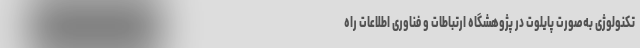
تکنولوژی به‌صورت پایلوت در پژوهشگاه ارتباطات و فناوری اطلاعات راه